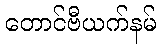
တောင်ဗီယက်နမ်